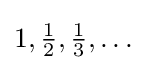
1,{\tfrac {1}{2}},{\tfrac {1}{3}},\dots